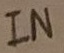
Text: IN